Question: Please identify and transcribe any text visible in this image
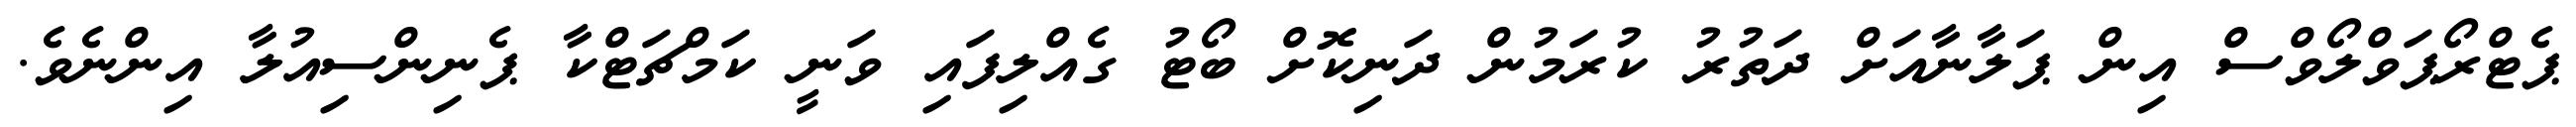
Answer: ޕެޓްރޯޕަވްލޯވްސް އިން ޕަލާނާއަށް ދަތުރު ކުރަމުން ދަނިކޮށް ބޯޓު ގެއްލިފައި ވަނީ ކަމްޗަޓްކާ ޕެނިންސިއުލާ އިންނެވެ.